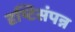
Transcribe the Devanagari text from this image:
दृष्टिसंपन्न